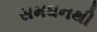
સમઘનથી